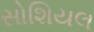
સોશિયલ